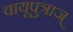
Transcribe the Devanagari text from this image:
वायूपुत्राज्